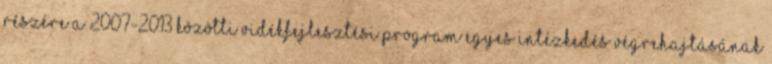
RÉSZÉRE A 2007-2013 KÖZÖTTI VIDÉKFEJLESZTÉSI PROGRAM EGYES INTÉZKEDÉS VÉGREHAJTÁSÁNAK